Report of the King Institute of Preventive Medicine, Guindy
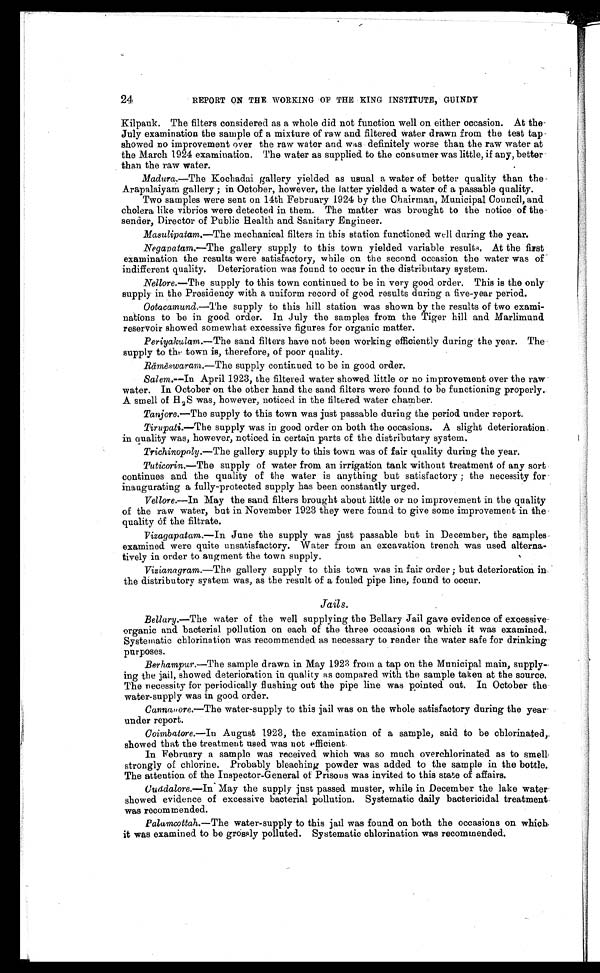
24
REPORT ON THE WORKING OF THE KING INSTITUTE, GUINDY
Kilpauk. The filters considered as a whole did not function well on either occasion. At the
July examination the sample of a mixture of raw and filtered water drawn from the test tap
showed no improvement over the raw water and was definitely worse than the raw water at
the March 1924 examination. The water as supplied to the consumer was little, if any, better
than the raw water.
Madura .—The Kochadai gallery yielded as usual a water of better quality than the
Arapalaiyam gallery ; in October, however, the latter yielded a water of a passable quality.
Two samples were sent on 14th February 1924 by the Chairman, Municipal Council, and
cholera like vibrios were detected in them. The matter was brought to the notice of the
sender, Director of Public Health and Sanitary Engineer.
Masulipatam. —The mechanical filters in this station functioned well during the year.
Negapatam.—The gallery supply to this town yielded variable results, At the first
examination the results were satisfactory, while on the second occasion the water was of
indifferent quality. Deterioration was found to occur in the distributary system.
Nellore.— The supply to this town continued to be in very good order. This is the only
supply in the Presidency with a uniform record of good results during a five-year period.
Ootacamund.—The supply to this hill station was shown by the results of two exami--
nations to be in good order. In July the samples from the Tiger hill and Marlimund
reservoir showed somewhat excessive figures for organic matter.
Periyakulam.— The sand filters have not been working efficiently during the year. The
supply to the town is, therefore, of poor quality.
Rā mē swaram.—The supply continued to be in good order.
Salem.— In April 1923, the filtered water showed little or no improvement over the raw
water. In October on the other hand the sand filters were found to be functioning properly.
A smell of H2 S was, however, noticed in the filtered water chamber.
Tanjore.— The supply to this town was just passable during the period under report.
Tirupati.—The supply was in good order on both the occasions. A slight deterioration
in quality was, however, noticed in certain parts of the distributary system.
Trichinopoly .—The gallery supply to this town was of fair quality during the year.
Tuticorin.— The supply of water from an irrigation tank without treatment of any sort
continues and the quality of the water is anything but satisfactory ; the necessity for
inaugurating a fully-protected supply has been constantly urged.
Vellore.— In May the sand filters brought about little or no improvement in the quality
of the raw water, but in November 1923 they were found to give some improvement in the
quality of the filtrate.
Vizagapatam.—In June the supply was just passable but in December, the samples
examined were quite unsatisfactory. Water from an excavation trench was used alterna--
tively in order to augment the town supply.
Vizianagram.—The gallery supply to this town was in fair order ; but deterioration in
the distributory system was, as the result of a fouled pipe line, found to occur.
Jails.
Bellary .—The water of the well supplying the Bellary Jail gave evidence of excessive
organic and bacterial pollution on each of the three occasions on which it was examined.
Systematic chlorination was recommended as necessary to render the water safe for drinking
purposes.
Berhampur .—The sample drawn in May 1923 from a tap on the Municipal main, supply--
ing the jail, showed deterioration in quality as compared with the sample taken at the source.
The necessity for periodically flushing out the pipe line was pointed out. In October the
water-supply was in good order.
Cannanore .—The water-supply to this jail was on the whole satisfactory during the year
under report.
Coimbatore.— In August 1923, the examination of a sample, said to be chlorinated,
showed that the treatment used was not efficient.
In February a sample was received which was so much overchlorinated as to smell
strongly of chlorine. Probably bleaching powder was added to the sample in the bottle.
The attention of the Inspector-General of Prisons was invited to this state of affairs.
Cuddalore.— In May the supply just passed muster, while in December the lake water
showed evidence of excessive bacterial pollution. Systematic daily bactericidal treatment
was recommended.
Palamcottah.— The water-supply to this jail was found on both the occasions on which
it was examined to be grossly polluted. Systematic chlorination was recommended.